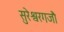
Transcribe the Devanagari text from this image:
सुरेश्वरगजौ